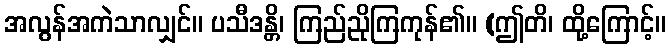
အလွန်အကဲသာလျှင်။ ပသီဒန္တိ၊ ကြည်ညိုကြကုန်၏။ (ဤတိ၊ ထို့ကြောင့်။